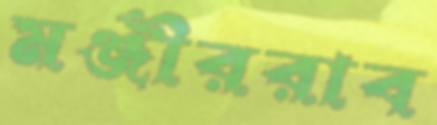
মঞ্জীররাব